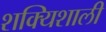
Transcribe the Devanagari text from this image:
शक्यिशाली